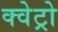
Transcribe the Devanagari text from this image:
क्वेट्रो